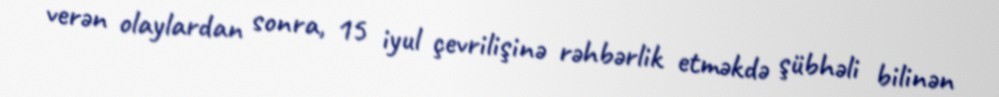
verən olaylardan sonra, 15 iyul çevrilişinə rəhbərlik etməkdə şübhəli bilinən